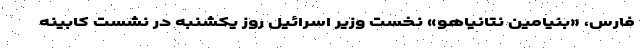
فارس، «بنیامین نتانیاهو» نخست وزیر اسرائیل روز یکشنبه در نشست کابینه